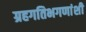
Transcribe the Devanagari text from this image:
ग्रहगतिभगणांशी